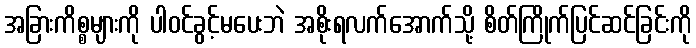
အခြားကိစ္စများကို ပါဝင်ခွင့်မပေးဘဲ အစိုးရလက်အောက်သို့ စိတ်ကြိုက်ပြင်ဆင်ခြင်းကို